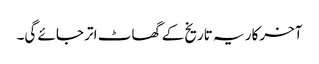
آخرکار یہ تاریخ کے گھاٹ اتر جائے گی۔